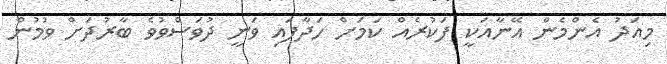
މިއަދު އެންމެން އޭނާއަކީ ފަކުރެއް ކަމަށް ހަދާފައި ވަނީ ދުވަސްވުވެ ބާރުދަށް ވުމުން